Civil Veterinary Dept. Bombay admin report 1907-1913 - 1907-1913
Year: 1907
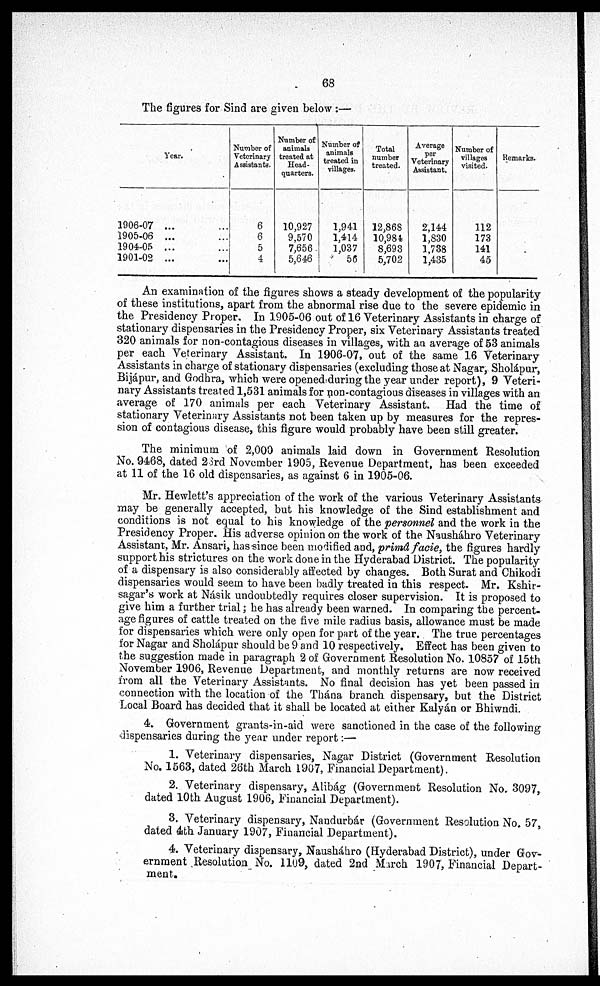
68
The figures for Sind are given below :
Year.
1906-07 ...
1905-06 ...
1904-05 ...
1901-02 ...
Number of
Veterinary
Assistants.
6
6
5
4
Number of
animals
treated at
Head-
quarters.
10,927
9,570
7,656
5,646
Number of
animals
treated in
villages.
1,941
1,414
1,037
56
Total
number
treated.
12,868
10,984
8,693
5,702
Average
per
Veterinary
Assistant.
2,144
1,830
1,738
1,435
Number of
villages
visited.
112
173
141
45
Remarks.
An examination of the figures shows a steady development of the popularity
of these institutions, apart from the abnormal rise due to the severe epidemic in
the Presidency Proper. In 1905-06 out of 16 Veterinary Assistants in charge of
stationary dispensaries in the Presidency Proper, six Veterinary Assistants treated
320 animals for non-contagious diseases in villages, with an average of 53 animals
per each Veterinary Assistant. In 1906-07, out of the same 16 Veterinary
Assistants in charge of stationary dispensaries (excluding those at Nagar, Sholápur,
Bijápur, and Godhra, which were opened during the year under report), 9 Veteri-
nary Assistants treated 1,531 animals for non-contagious diseases in villages with an
average of 170 animals per each Veterinary Assistant. Had the time of
stationary Veterinary Assistants not been taken up by measures for the repres-
sion of contagious disease, this figure would probably have been still greater.
The minimum of 2,000 animals laid down in Government Resolution
No. 9468, dated 23rd November 1905, Revenue Department, has been exceeded
at 11 of the 16 old dispensaries, as against 6 in 1905-06.
Mr. Hewlett's appreciation of the work of the various Veterinary Assistants
may be generally accepted, but his knowledge of the Sind establishment and
conditions is not equal to his knowledge of the personnel and the work in the
Presidency Proper. His adverse opinion on the work of the Nausháhro Veterinary
Assistant, Mr. Ansari, has since been modified and, primá facie, the figures hardly
support his strictures on the work done in the Hyderabad District. The popularity
of a dispensary is also considerably affected by changes. Both Surat and Chikodi
dispensaries would seem to have been badly treated in this respect. Mr. Kshir-
sagar's work at Násik undoubtedly requires closer supervision. It is proposed to
give him a further trial; he has already been warned. In comparing the percent-
age figures of cattle treated on the five mile radius basis, allowance must be made
for dispensaries which were only open for part of the year. The true percentages
for Nagar and Sholápur should be 9 and 10 respectively. Effect has been given to
the suggestion made in paragraph 2 of Government Resolution No. 10857 of 15th
November 1906, Revenue Department, and monthly returns are now received
from all the Veterinary Assistants. No final decision has yet been passed in
connection with the location of the Thána branch dispensary, but the District
Local Board has decided that it shall be located at either Kalyán or Bhiwndi.
4. Government grants-in-aid were sanctioned in the case of the following
dispensaries during the year under report:—
1. Veterinary dispensaries, Nagar District (Government Resolution
No. 1563, dated 26th March 1907, Financial Department).
2. Veterinary dispensary, Alibág (Government Resolution No. 3097,
dated 10th August 1906, Financial Department).
3. Veterinary dispensary, Nandurbár (Government Resolution No. 57,
dated 4th January 1907, Financial Department).
4. Veterinary dispensary, Nausháhro (Hyderabad District), under Gov-
ernment Resolution No. 1109, dated 2nd March 1907, Financial Depart-
ment.